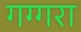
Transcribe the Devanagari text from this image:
गग्गरा